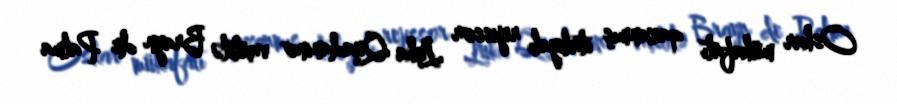
Oskar mükafatı qazanmış italiyalı rejissor Luka Quadanino vaxtilə Brayn de Palma